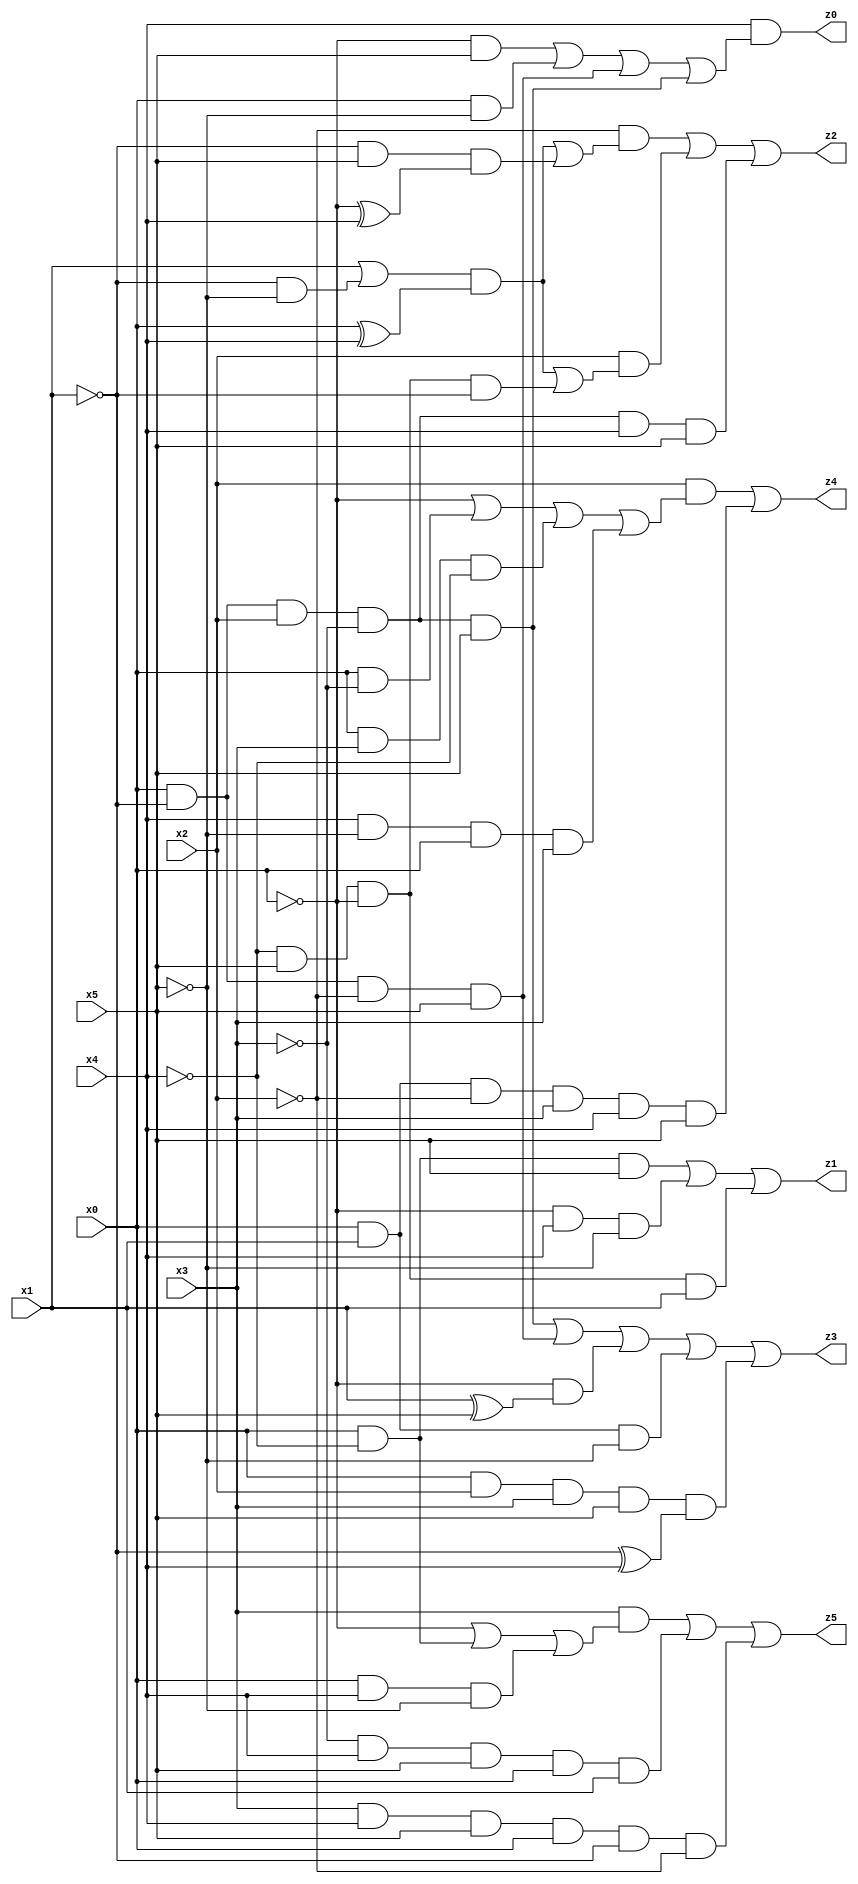
// Benchmark "X_16" written by ABC on Thu Jun 29 03:15:12 2023

module X_16 ( 
    x0, x1, x2, x3, x4, x5,
    z0, z1, z2, z3, z4, z5  );
  input  x0, x1, x2, x3, x4, x5;
  output z0, z1, z2, z3, z4, z5;
  assign z0 = x4 & ((~x0 & x5) | (x0 & ~x5) | (x0 & ~x1 & ~x2 & x5) | (x0 & ~x1 & x2 & ~x3 & x5));
  assign z1 = (x0 & ~x4 & x5) | (~x0 & x4 & ~x5) | (~x4 & x5 & ~x0 & x1);
  assign z2 = (~x2 & (((x1 | (~x1 & ~x5)) & (x0 ^ x4)) | (~x1 & x5 & (~x0 ^ x4)))) | (x2 & (((x1 | (~x1 & ~x5)) & (x0 ^ x4)) | (~x4 & x5 & ~x0 & ~x1))) | (x0 & ~x1 & x2 & ~x3 & x4 & x5);
  assign z3 = (x0 & ~x1 & x2 & ~x3 & x5) | (x0 & ~x1 & ~x2 & x5) | (~x0 & (x1 ^ x5)) | (x0 & x1 & ~x5) | (x0 & x2 & x3 & x5 & (~x1 ^ x4));
  assign z4 = (x2 & (~x0 | (x0 & ~x3) | (x0 & x3 & ~x4) | (x4 & ~x5 & x0 & x3))) | (x0 & x1 & ~x2 & x3 & x4 & x5);
  assign z5 = (x3 & (~x0 | (x0 & ~x4) | (x0 & x4 & ~x5))) | (~x3 & x4 & x5 & x0 & x1) | (x3 & x4 & x5 & x0 & ~x1 & ~x2);
endmodule